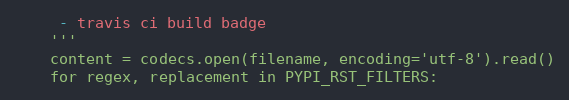
Language: Python
     - travis ci build badge
    '''
    content = codecs.open(filename, encoding='utf-8').read()
    for regex, replacement in PYPI_RST_FILTERS: